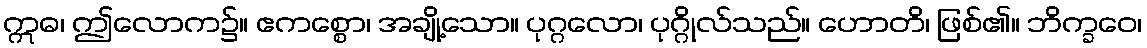
ဣဓ၊ ဤလောက၌။ ဧကစ္စော၊ အချို့သော။ ပုဂ္ဂလော၊ ပုဂ္ဂိုလ်သည်။ ဟောတိ၊ ဖြစ်၏။ ဘိက္ခဝေ၊